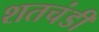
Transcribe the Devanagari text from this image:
शतचंडी